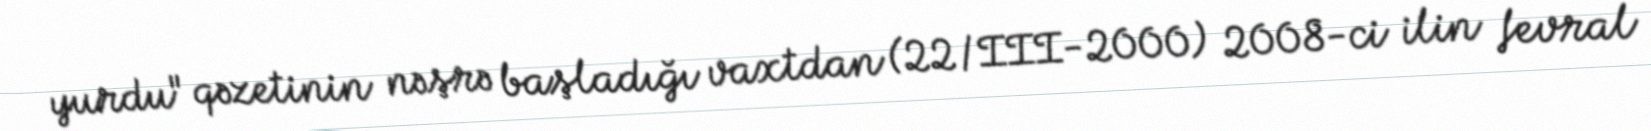
yurdu" qəzetinin nəşrə başladığı vaxtdan (22/III-2000) 2008-ci ilin fevral